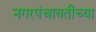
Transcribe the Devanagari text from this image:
नगरपंचायतीच्या